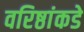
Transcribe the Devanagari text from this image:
वरिष्ठांकडे